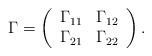
LaTeX: \begin{align*} \Gamma = \left( \begin{array}{cc} \Gamma_{11} & \Gamma_{12} \\ \Gamma_{21} & \Gamma_{22} \end{array} \right). \end{align*}